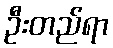
ဦးတည်ရာ